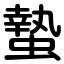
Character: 蟄